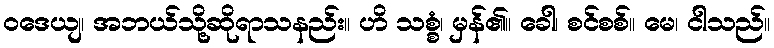
ဝဒေယျ၊ အဘယ်သို့ဆိုရာသနည်း။ ဟိ သစ္စံ၊ မှန်၏။ ခေါ၊ စင်စစ်။ မေ၊ ငါသည်။